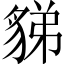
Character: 𧳋